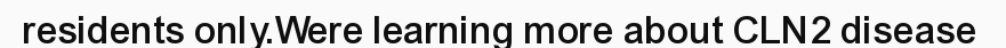
residents only.Were learning more about CLN2 disease